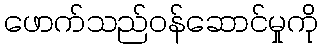
ဖောက်သည်ဝန်ဆောင်မှုကို